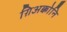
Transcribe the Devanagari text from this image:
ग़िअक्कोनि